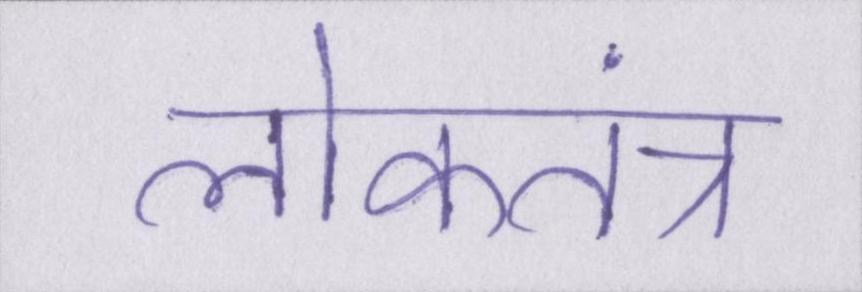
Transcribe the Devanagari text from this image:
लोकतंत्र